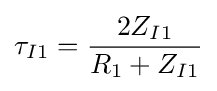
\tau _{I1}={\frac {2Z_{I1}}{R_{1}+Z_{I1}}}